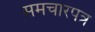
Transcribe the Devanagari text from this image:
समचारपत्र